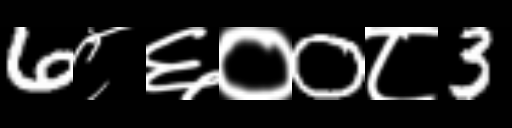
Text: 6८६०0८3